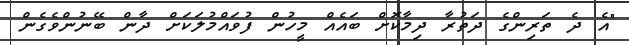
"އެ ދެ ތަރިންގެ ދަތުރާ ދިމާކޮށް ބައެއް މީހުން ފުވައްމުލަކަށް ދާން ބޭނުންވެގެން